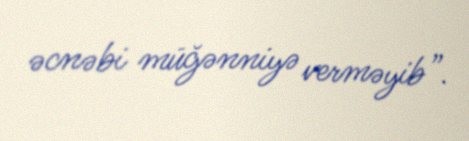
əcnəbi müğənniyə verməyib”.